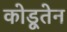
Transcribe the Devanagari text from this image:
कोडूतेन